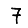
Digit: 7